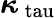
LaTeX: \boldsymbol{\kappa}_{\mathrm{\ tau}}